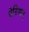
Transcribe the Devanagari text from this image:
चेरियान्